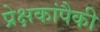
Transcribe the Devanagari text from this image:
प्रेक्षकांपैकी